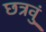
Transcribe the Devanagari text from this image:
छत्रवुं